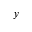
y